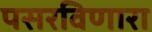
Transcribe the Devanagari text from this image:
पसरविणारा